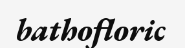
bathofloric